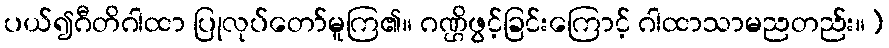
ပယ်၍ဂီတိဂါထာ ပြုလုပ်တော်မူကြ၏။ ဂဏ္ဌိဖွင့်ခြင်းကြောင့် ဂါထာသာမညတည်း။)